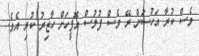
ވެސް ކުރާ އަހުސަން ރޭ ވެސް ފުލުސް އޮފީހަށް ހާޒިރު ކުރި އެވެ.